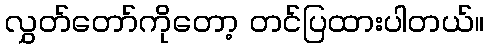
လွှတ်တော်ကိုတော့ တင်ပြထားပါတယ်။